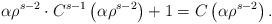
LaTeX: \begin{align*} \alpha \rho^{s-2} \cdot C^{s-1} \left( \alpha \rho^{s-2} \right) +1 &= C \left( \alpha \rho^{s-2} \right) .\end{align*}